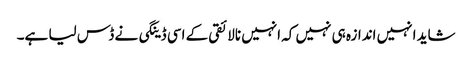
شاید انہیں اندازہ ہی نہیں کہ انہیں نالائقی کے اسی ڈینگی نے ڈس لیا ہے۔